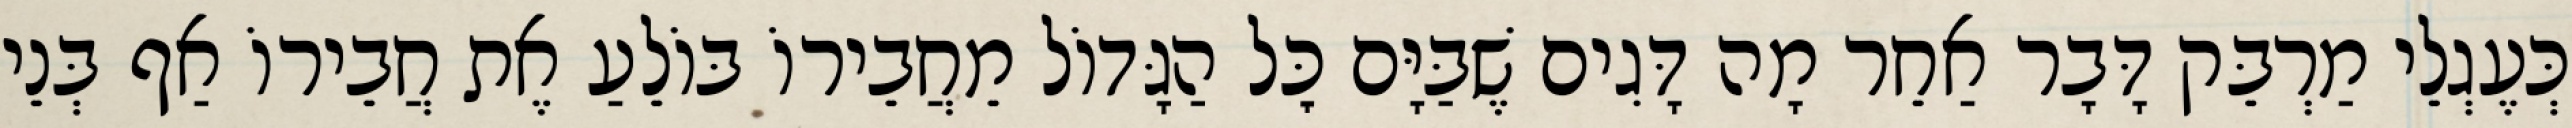
כְּעֶגְלֵי מַרְבֵּק דָּבָר אַחֵר מָה דָּגִים שֶׁבַּיָּם כׇּל הַגָּדוֹל מֵחֲבֵירוֹ בּוֹלֵעַ אֶת חֲבֵירוֹ אַף בְּנֵי